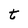
Character: t